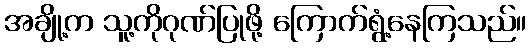
အချို့က သူ့ကိုဂုဏ်ပြုဖို့ ကြောက်ရွံ့နေကြသည်။